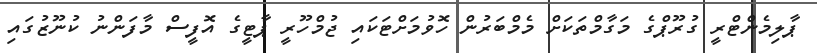
ޕާލިމެންޓްރީ ގުރޫޕްގެ މަގާމްތަކަށް މެމްބަރުން ހޮވުމަށްޓަކައި ޖުމްހޫރީ ޕާޓީގެ އޮފީސް މާފަންނު ކުނޫޒުގައި